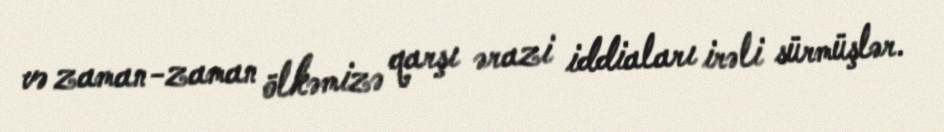
və zaman-zaman ölkəmizə qarşı ərazi iddiaları irəli sürmüşlər.